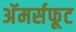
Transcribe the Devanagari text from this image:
अॅमर्सफूट